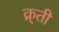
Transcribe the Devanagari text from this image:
क्र्ती